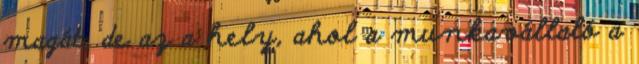
magát, de az a hely, ahol a munkavállaló a